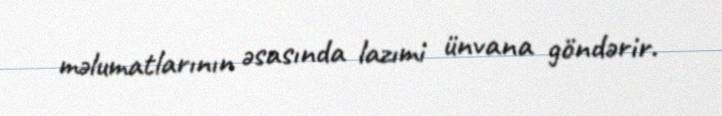
məlumatlarının əsasında lazımi ünvana göndərir.